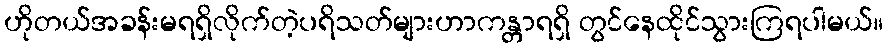
ဟိုတယ်အခန်းမရရှိလိုက်တဲ့ပရိသတ်များဟာကန္တာရရှိ တွင်နေထိုင်သွားကြရပါမယ်။